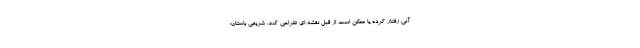
آنی رفتار کرده یا ممکن است از قبل نقشه ای طراحی کند. شریفی باستان: